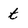
Character: t